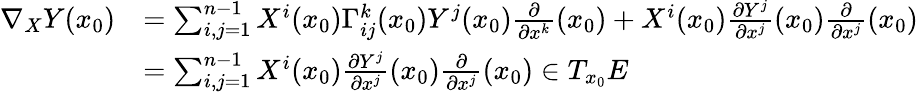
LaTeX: \begin{array}{rl}{\nabla_{X}Y(x_{0})}&{=\sum_{i,j=1}^{n-1}X^{i}(x_{0})\Gamma_{ij}^{k}(x_{0})Y^{j}(x_{0})\frac{\partial}{\partial x^{k}}(x_{0})+X^{i}(x_{0})\frac{\partial Y^{j}}{\partial x^{j}}(x_{0})\frac{\partial}{\partial x^{j}}(x_{0})}\\ &{=\sum_{i,j=1}^{n-1}X^{i}(x_{0})\frac{\partial Y^{j}}{\partial x^{j}}(x_{0})\frac{\partial}{\partial x^{j}}(x_{0})\in T_{x_{0}}E}\end{array}